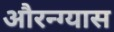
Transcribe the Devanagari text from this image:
औरन्ग्यास